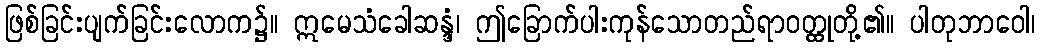
ဖြစ်ခြင်းပျက်ခြင်းလောက၌။ ဣမေသံခေါဆန္ဒံ၊ ဤခြောက်ပါးကုန်သောတည်ရာဝတ္ထုတို့၏။ ပါတုဘာဝေါ၊